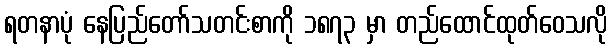
ရတနာပုံ နေပြည်တော်သတင်းစာကို ၁၈၇၃ မှာ တည်ထောင်ထုတ်ဝေသလို